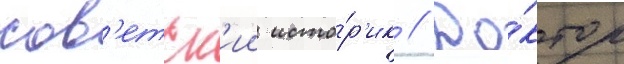
сов'етск'ии исто́р'ик // До́ктор